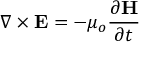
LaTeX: \nabla \times \mathbf { E } = - \mu _ { o } { \frac { \partial \mathbf { H } } { \partial t } }